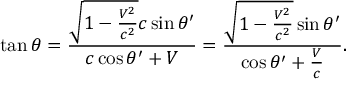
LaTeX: \tan \theta = { \frac { { \sqrt { 1 - { \frac { V ^ { 2 } } { c ^ { 2 } } } } } c \sin \theta ^ { \prime } } { c \cos \theta ^ { \prime } + V } } = { \frac { { \sqrt { 1 - { \frac { V ^ { 2 } } { c ^ { 2 } } } } } \sin \theta ^ { \prime } } { \cos \theta ^ { \prime } + { \frac { V } { c } } } } .